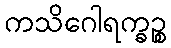
ကသိဂေါရက္ခဉ္စ